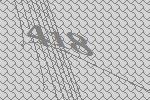
418